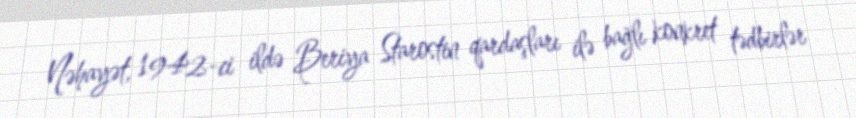
Nəhayət, 1942-ci ildə Beriya Starostin qardaşları ilə bağlı konkret tədbirlər